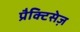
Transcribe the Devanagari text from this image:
प्रैक्टिसेज़